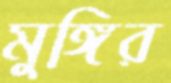
মুঙ্গির